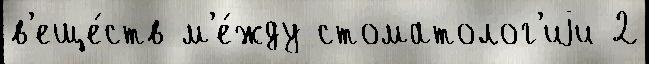
в'еще́ств м'е́жду стоматолог'иjи 2